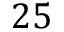
2 5